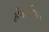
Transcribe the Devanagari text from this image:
हेनरिथ